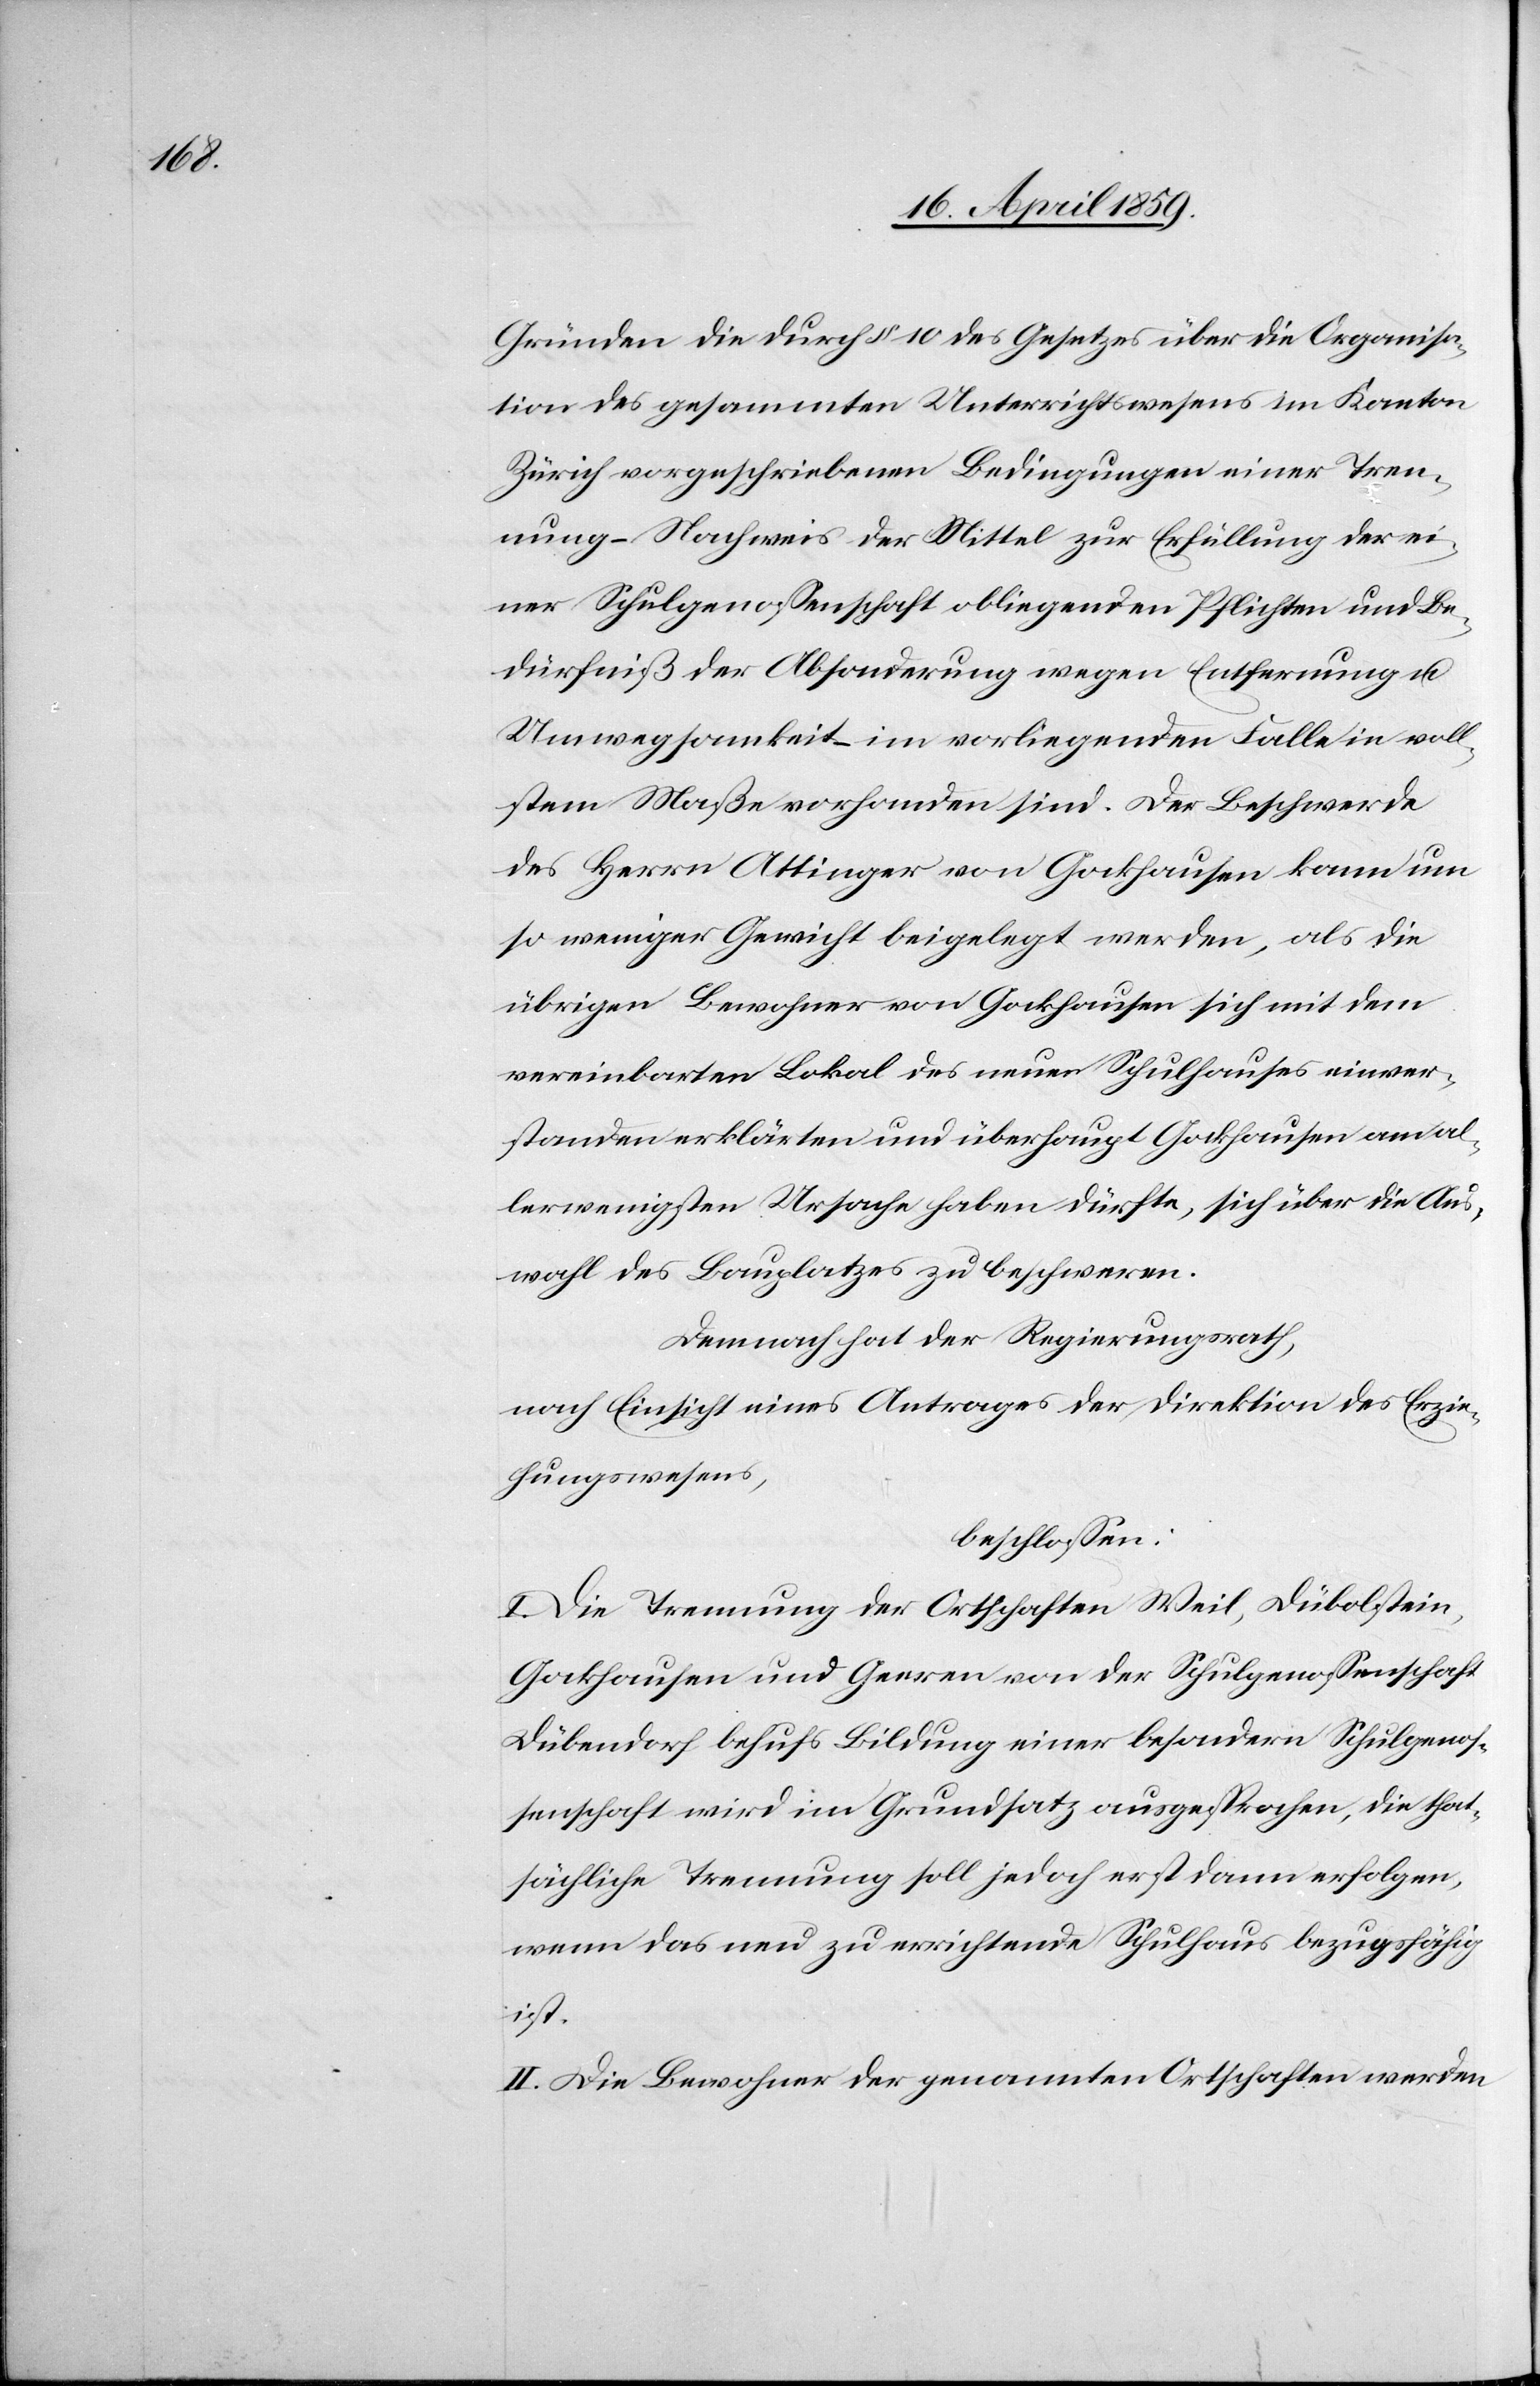
Gründen die durch § 10 des Gesetzes über die Organisa¬
tion des gesammten Unterrichtswesens im Kanton
Zürich vorgeschriebenen Bedingungen einer Tren¬
nung ( Nachweis der Mittel zur Erfüllung der ei¬
ner Schulgenoßenschaft obliegenden Pflichten und Be¬
dürfniß der Absonderung wegen Entfernung u.
Umwegsamkeit ( im vorliegenden Falle in voll¬
stem Maße vorhanden sind. Der Beschwerde
des Herrn Attinger von Gockhausen sich mit
vereinbarten Lokal des neuen Schulhauses einver¬
standen erklärten und überhaupt Gockhausen am al¬
lerwenigsten Ursache haben dürfte, sich über die Aus¬
wahl des Bauplatzes zu beschweren.
Demnach hat der Regierungsrath,
nach Einsicht eines Antrages der Direktion des Erzie¬
hungswesens,
beschloßen:
I. Die Trennung der Ortschaften Weil, Dübolstein,
Gockhausen und Geeren von der Schulgenoßenschaft
Dübendorf behufs Bildung einer besondern Schulgenoß¬
enschaft wird im Grundsatz ausgesprochen, die that¬
sächliche Trennung soll jedoch erst dann erfolgen,
wenn das neu zu errichtende Schulhaus bezugsfähig
ist.
II. Die Bewohner der genannten Ortschaften werden